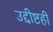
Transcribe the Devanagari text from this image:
उद्दीष्टही